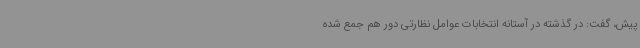
پیش، گفت: در گذشته در آستانه انتخابات عوامل نظارتی دور هم جمع شده